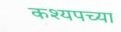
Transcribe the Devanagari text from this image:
कश्यपच्या